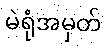
မဲရုံအမှတ်